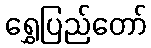
ရွှေပြည်တော်